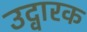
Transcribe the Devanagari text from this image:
उद्वारक